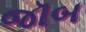
જૉબ